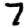
Digit: 7